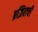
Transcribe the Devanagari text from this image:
ब्रझिलची